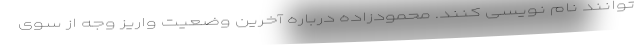
توانند نام نویسی کنند. محمودزاده درباره آخرین وضعیت واریز وجه از سوی